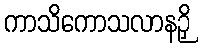
ကာသိကောသလာနဉှိ